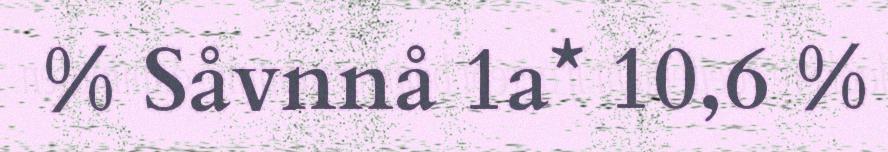
% Såvnnå 1a* 10,6 %